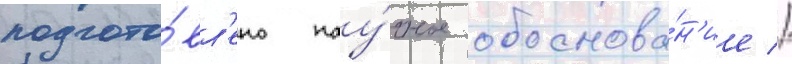
подгото́вл'ено нау́чное обоснова́н'ие //